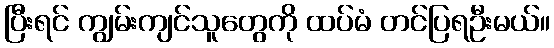
ပြီးရင် ကျွမ်းကျင်သူတွေကို ထပ်မံ တင်ပြရဦးမယ်။